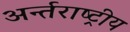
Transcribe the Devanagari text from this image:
अर्न्‍तराष्‍ट्रीय